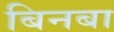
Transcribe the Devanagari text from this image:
बिनबा